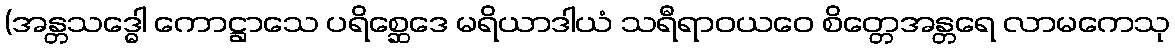
(အန္တသဒ္ဓေါ ကောဋ္ဌာသေ ပရိစ္ဆေဒေ မရိယာဒါယံ သရီရာဝယဝေ စိတ္တေအန္တရေ လာမကေသု